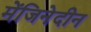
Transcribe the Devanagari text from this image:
मेंजिनेदीन